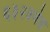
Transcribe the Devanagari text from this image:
६३२३जेड